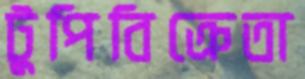
টুপিবিক্রেতা